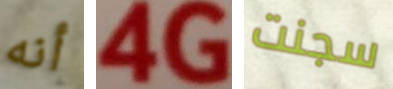
أنه 4G سجنت